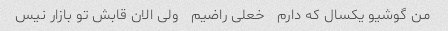
من گوشیو یکسال که دارم   خعلی راضیم   ولی الان قابش تو بازار نیس